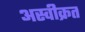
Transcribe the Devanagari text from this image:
अस्वीक्रत